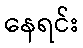
နေရင်း